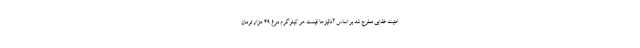
امنیت غذایی مطرح شد بر اساس آنالیزها قیمت هر کیلوگرم مرغ ۴۹ هزار تومان